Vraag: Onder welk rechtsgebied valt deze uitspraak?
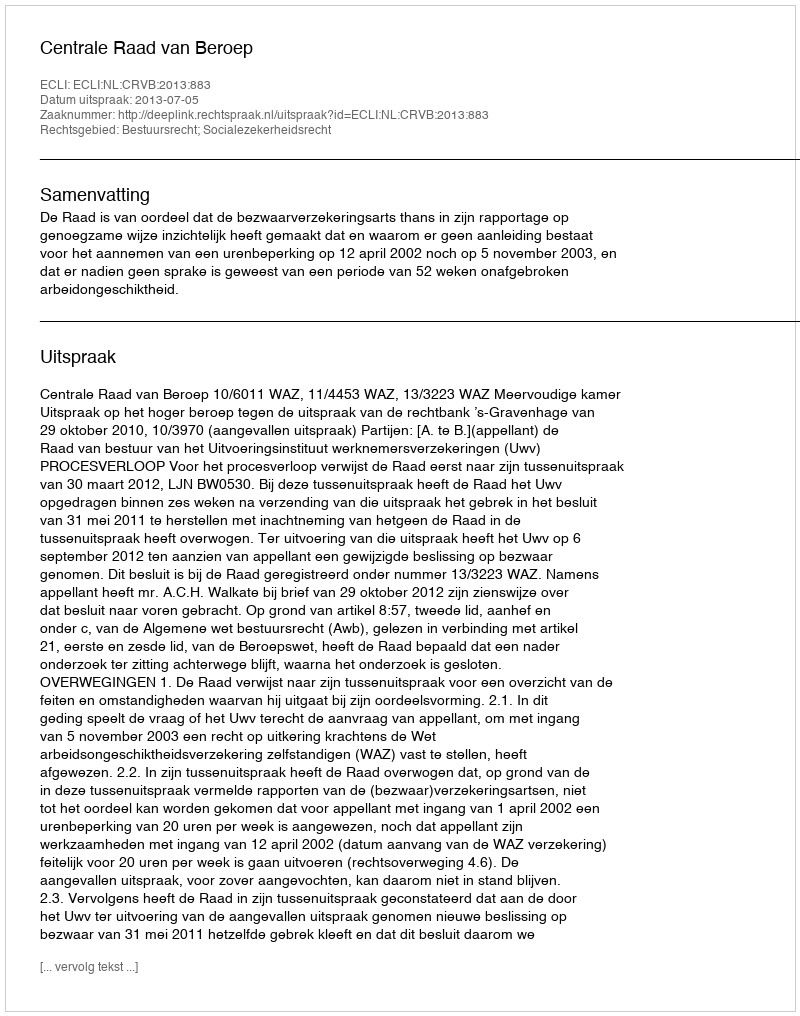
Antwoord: Bestuursrecht; Socialezekerheidsrecht